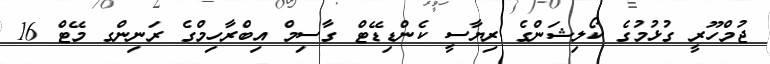
ޖުމްހޫރީ ގުޅުމުގެ ކޯލިޝަންގެ ރިޔާސީ ކެންޑިޑޭޓް ގާސިމް އިބްރާހިމްގެ ރަނިންގ މޭޓް 16